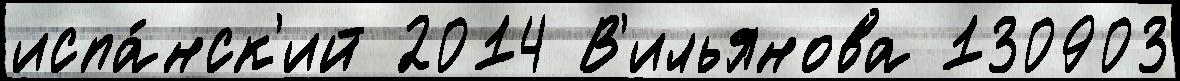
испа́нск'ий 2014 В'ильянова 130903